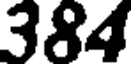
384